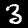
Label: 3